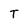
Character: T